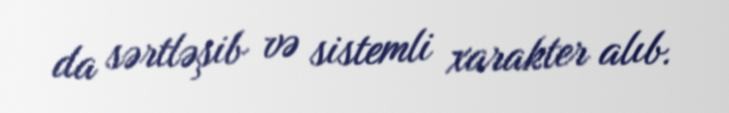
da sərtləşib və sistemli xarakter alıb.